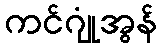
ကင်ဂျုံအွန်